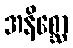
အနိစ္ဆော